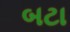
બટા